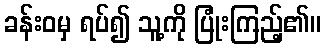
ခန်းဝမှ ရပ်၍ သူ့ကို ပြုံးကြည့်၏။